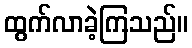
ထွက်လာခဲ့ကြသည်။